Scientific memoirs by medical officers of the Army of India - Part III,
Year: 1887
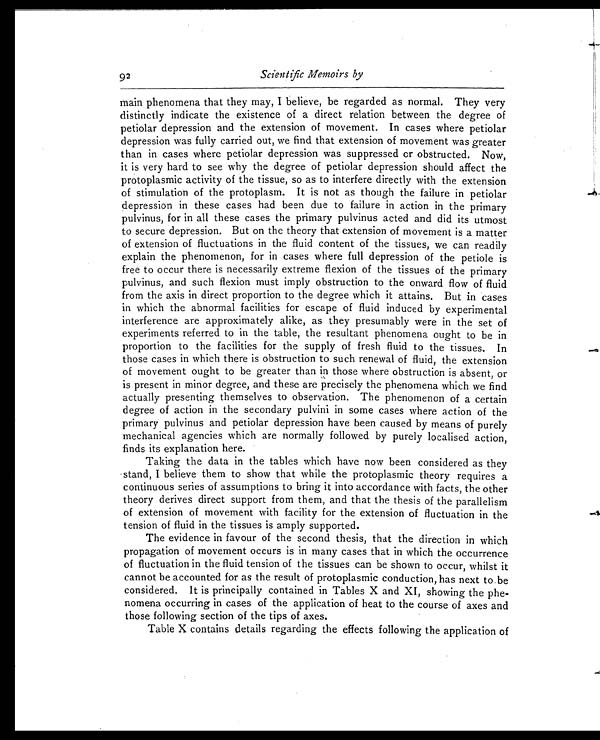
Scientific Memoirs by
main phenomena that they may, I believe, be regarded as normal. They very
distinctly indicate the existence of a direct relation between the degree of
petiolar depression and the extension of movement. In cases where petiolar
depression was fully carried out, we find that extension of movement was greater
than in cases where petiolar depression was suppressed or obstructed. Now,
it is very hard to see why the degree of petiolar depression should affect the
protoplasmic activity of the tissue, so as to interfere directly with the extension
of stimulation of the protoplasm. It is not as though the failure in petiolar
depression in these cases had been due to failure in action in the primary
pulvinus, for in all these cases the primary pulvinus acted and did its utmost
to secure depression. But on the theory that extension of movement is a matter
of extension of fluctuations in the fluid content of the tissues, we can readily
explain the phenomenon, for in cases where full depression of the petiole is
free to occur there is necessarily extreme flexion of the tissues of the primary
pulvinus, and such flexion must imply obstruction to the onward flow of fluid
from the axis in direct proportion to the degree which it attains. But in cases
in which the abnormal facilities for escape of fluid induced by experimental
interference are approximately alike, as they presumably were in the set of
experiments referred to in the table, the resultant phenomena ought to be in
proportion to the facilities for the supply of fresh fluid to the tissues. In
those cases in which there is obstruction to such renewal of fluid, the extension
of movement ought to be greater than in those where obstruction is absent, or
is present in minor degree, and these are precisely the phenomena which we find
actually presenting themselves to observation. The phenomenon of a certain
degree of action in the secondary pulvini in some cases where action of the
primary pulvinus and petiolar depression have been caused by means of purely
mechanical agencies which are normally followed by purely localised action,
finds its explanation here.
Taking the data in the tables which have now been considered as they
stand, I believe them to show that while the protoplasmic theory requires a
continuous series of assumptions to bring it into accordance with facts, the other
theory derives direct support from them, and that the thesis of the parallelism
of extension of movement with facility for the extension of fluctuation in the
tension of fluid in the tissues is amply supported.
The evidence in favour of the second thesis, that the direction in which
propagation of movement occurs is in many cases that in which the occurrence
of fluctuation in the fluid tension of the tissues can be shown to occur, whilst it
cannot be accounted for as the result of protoplasmic conduction, has next to be
considered. It is principally contained in Tables X and XI, showing the phe-
nomena occurring in cases of the application of heat to the course of axes and
those following section of the tips of axes.
Table X contains details regarding the effects following the application of
92